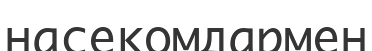
насекомдармен